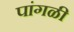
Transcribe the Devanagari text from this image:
पांगळी